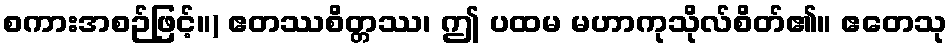
စကားအစဉ်ဖြင့်။) ဧတဿစိတ္တဿ၊ ဤ ပထမ မဟာကုသိုလ်စိတ်၏။ ဧတေသု